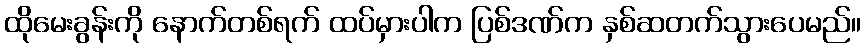
ထိုမေးခွန်းကို နောက်တစ်ရက် ထပ်မှားပါက ပြစ်ဒဏ်က နှစ်ဆတက်သွားပေမည်။